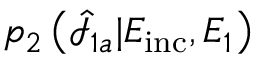
p _ { 2 } \left( \hat { \mathcal { I } } _ { 1 a } | E _ { \mathrm { i n c } } , E _ { 1 } \right)